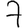
Digit: 7